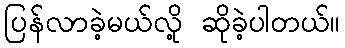
ပြန်လာခဲ့မယ်လို့ ဆိုခဲ့ပါတယ်။